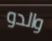
والدو